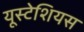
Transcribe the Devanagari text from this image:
यूस्टेशियस